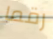
رقما